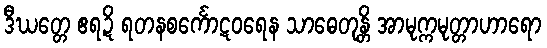
ဒီဃတ္တေ ဧရဍိ ရတနစင်္ကောဋဝရေန သာဓေတုန္တိ အာမုက္ကမုတ္တာဟာရော